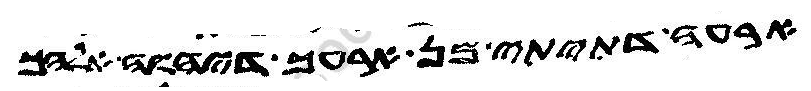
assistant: ארעה דתיתי מן ארעך דיהוה אלהך